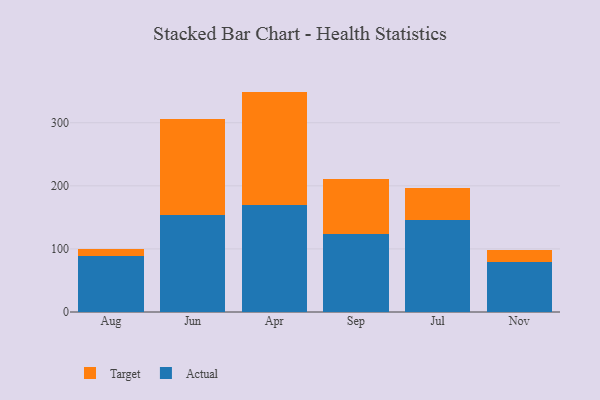
{"axis": {"x": "Month", "y": "Customer Acquisition Cost (USD)"}, "legend": ["Actual", "Target"], "data": [{"x": "Aug", "y": 89.1, "type": "Actual"}, {"x": "Aug", "y": 10.0, "type": "Target"}, {"x": "Jun", "y": 153.7, "type": "Actual"}, {"x": "Jun", "y": 151.6, "type": "Target"}, {"x": "Apr", "y": 169.9, "type": "Actual"}, {"x": "Apr", "y": 179.5, "type": "Target"}, {"x": "Sep", "y": 123.6, "type": "Actual"}, {"x": "Sep", "y": 86.5, "type": "Target"}, {"x": "Jul", "y": 146.1, "type": "Actual"}, {"x": "Jul", "y": 50.5, "type": "Target"}, {"x": "Nov", "y": 78.8, "type": "Actual"}, {"x": "Nov", "y": 18.9, "type": "Target"}]}